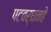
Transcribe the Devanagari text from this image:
पटवर्धनहे